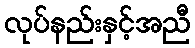
လုပ်နည်းနှင့်အညီ